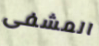
المشفى